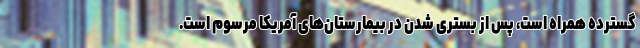
گسترده همراه است، پس از بستری شدن در بیمارستان‌های آمریکا مرسوم است.